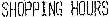
SHOPPING HOURS